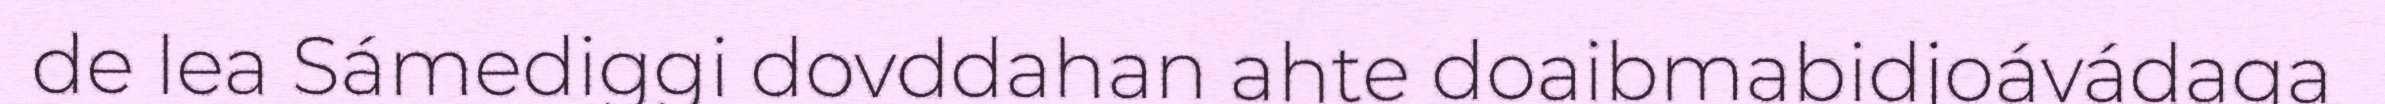
de lea Sámediggi dovddahan ahte doaibmabidjoávádaga